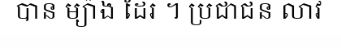
បាន ម្យ៉ាង ដែរ ។ ប្រជាជន លាវ